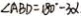
\angle A B D = 1 8 0 ^ { \circ } - 3 \alpha